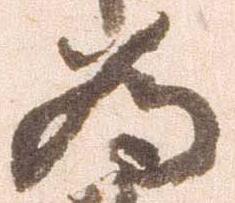
為